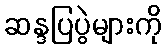
ဆန္ဒပြပွဲများကို